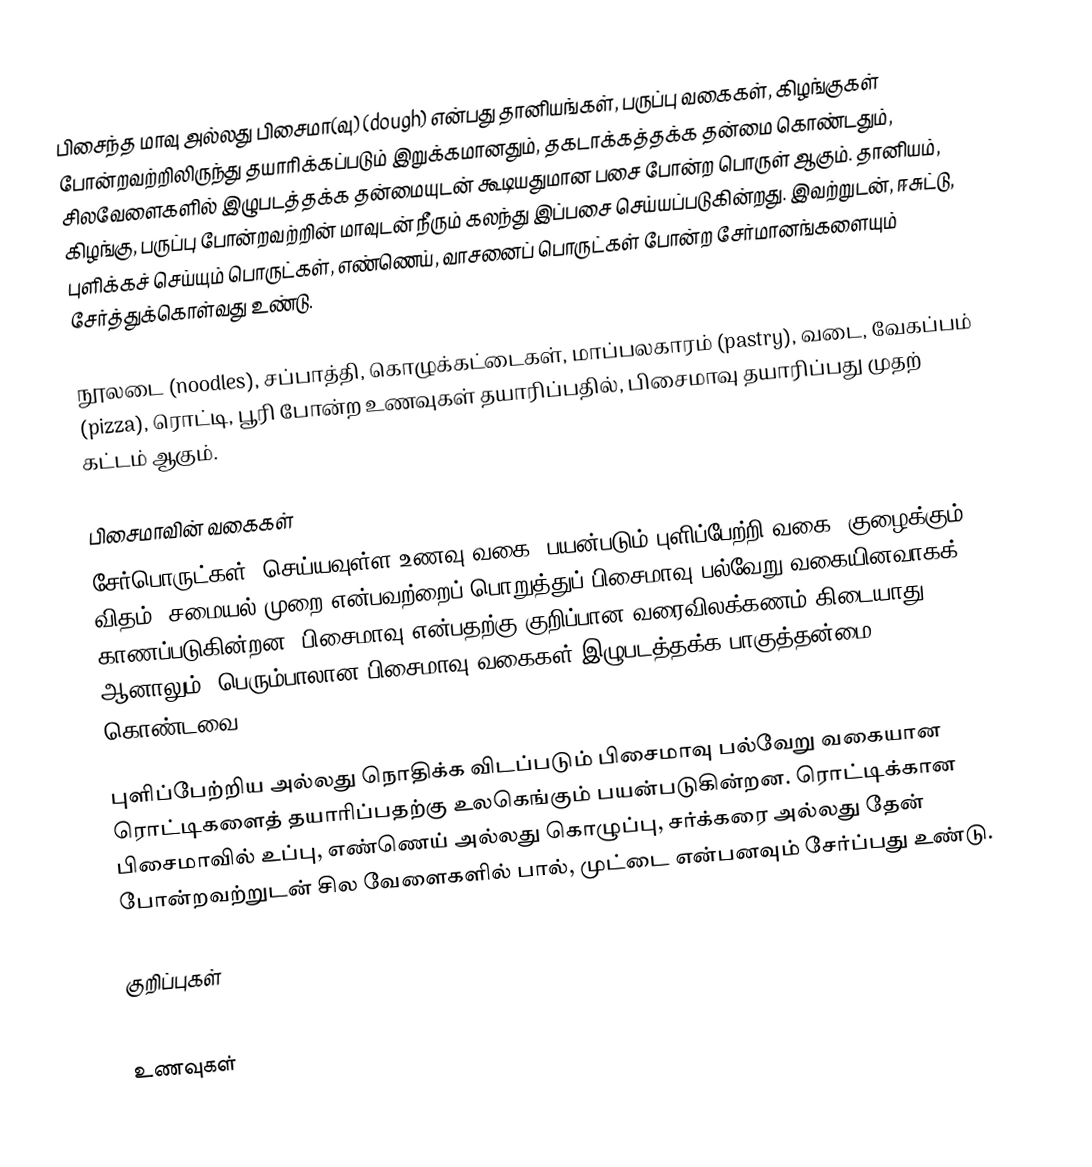
பிசைந்த மாவு அல்லது பிசைமா(வு) (dough) என்பது தானியங்கள், பருப்பு வகைகள், கிழங்குகள் போன்றவற்றிலிருந்து தயாரிக்கப்படும் இறுக்கமானதும், தகடாக்கத்தக்க தன்மை கொண்டதும், சிலவேளைகளில் இழுபடத்தக்க தன்மையுடன் கூடியதுமான பசை போன்ற பொருள் ஆகும்.  தானியம், கிழங்கு, பருப்பு போன்றவற்றின் மாவுடன் நீரும் கலந்து இப்பசை செய்யப்படுகின்றது. இவற்றுடன், ஈசுட்டு, புளிக்கச் செய்யும் பொருட்கள், எண்ணெய், வாசனைப் பொருட்கள் போன்ற சேர்மானங்களையும் சேர்த்துக்கொள்வது உண்டு.

நூலடை (noodles), சப்பாத்தி, கொழுக்கட்டைகள், மாப்பலகாரம் (pastry), வடை, வேகப்பம் (pizza), ரொட்டி, பூரி  போன்ற உணவுகள் தயாரிப்பதில், பிசைமாவு தயாரிப்பது முதற் கட்டம் ஆகும்.

பிசைமாவின் வகைகள்
சேர்பொருட்கள், செய்யவுள்ள உணவு வகை, பயன்படும் புளிப்பேற்றி வகை, குழைக்கும் விதம், சமையல் முறை என்பவற்றைப் பொறுத்துப் பிசைமாவு பல்வேறு வகையினவாகக் காணப்படுகின்றன. பிசைமாவு என்பதற்கு குறிப்பான வரைவிலக்கணம் கிடையாது. ஆனாலும், பெரும்பாலான பிசைமாவு வகைகள் இழுபடத்தக்க பாகுத்தன்மை கொண்டவை.

புளிப்பேற்றிய அல்லது நொதிக்க விடப்படும் பிசைமாவு பல்வேறு வகையான ரொட்டிகளைத் தயாரிப்பதற்கு உலகெங்கும் பயன்படுகின்றன. ரொட்டிக்கான பிசைமாவில் உப்பு, எண்ணெய் அல்லது கொழுப்பு, சர்க்கரை அல்லது தேன் போன்றவற்றுடன் சில வேளைகளில் பால், முட்டை என்பனவும் சேர்ப்பது உண்டு.

குறிப்புகள்

உணவுகள்